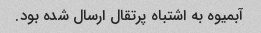
آبمیوه به اشتباه پرتقال ارسال شده بود.